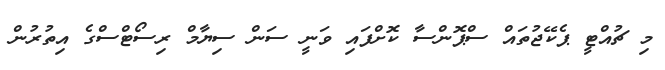
މި ޗުއްޓީ ޕެކޭޖުތައް ސްޕޮންސާ ކޮށްފައި ވަނީ ސަން ސިޔާމް ރިސޯޓްސްގެ އިތުރުން